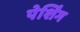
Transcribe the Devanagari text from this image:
पेर्शिंग